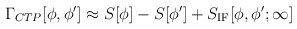
\begin{align*}\Gamma_{CTP}[\phi,\phi'] \approx S[\phi] - S[\phi'] + S_{\rm IF}[\phi,\phi';\infty]\end{align*}